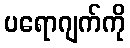
ပရောဂျက်ကို